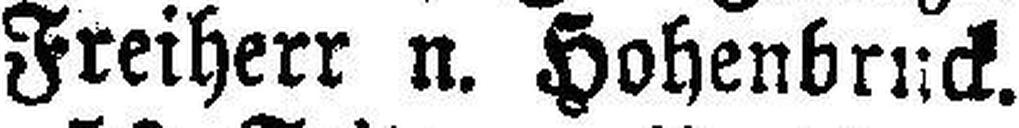
Freiherr n. Hohenbruck.